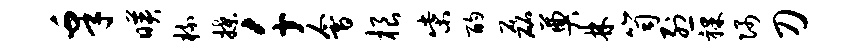
皋映梳揲千会根柴酌磊奠林笥烈裸隅刀